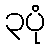
၃ပုံ